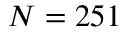
N = 2 5 1